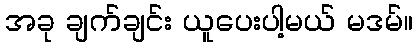
အခု ချက်ချင်း ယူပေးပါ့မယ် မဒမ်။